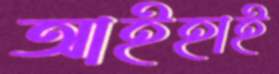
আইহাই